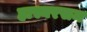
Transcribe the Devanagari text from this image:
हास्यरसम